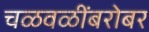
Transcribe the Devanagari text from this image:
चळवळींबरोबर